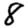
Digit: 8